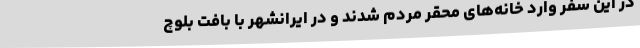
در این سفر وارد خانه‌های محقر مردم شدند و در ایرانشهر با بافت بلوچ